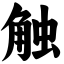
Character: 触